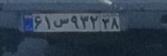
۶۱س۹۳۲۳۸